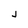
Character: J